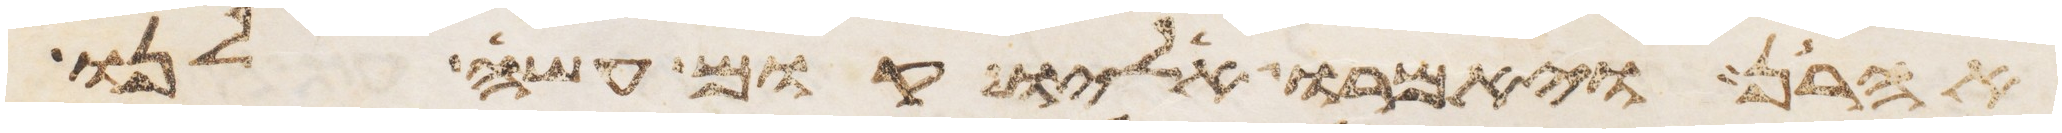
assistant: אהרן ויאמרו אליו קום עשה לנו